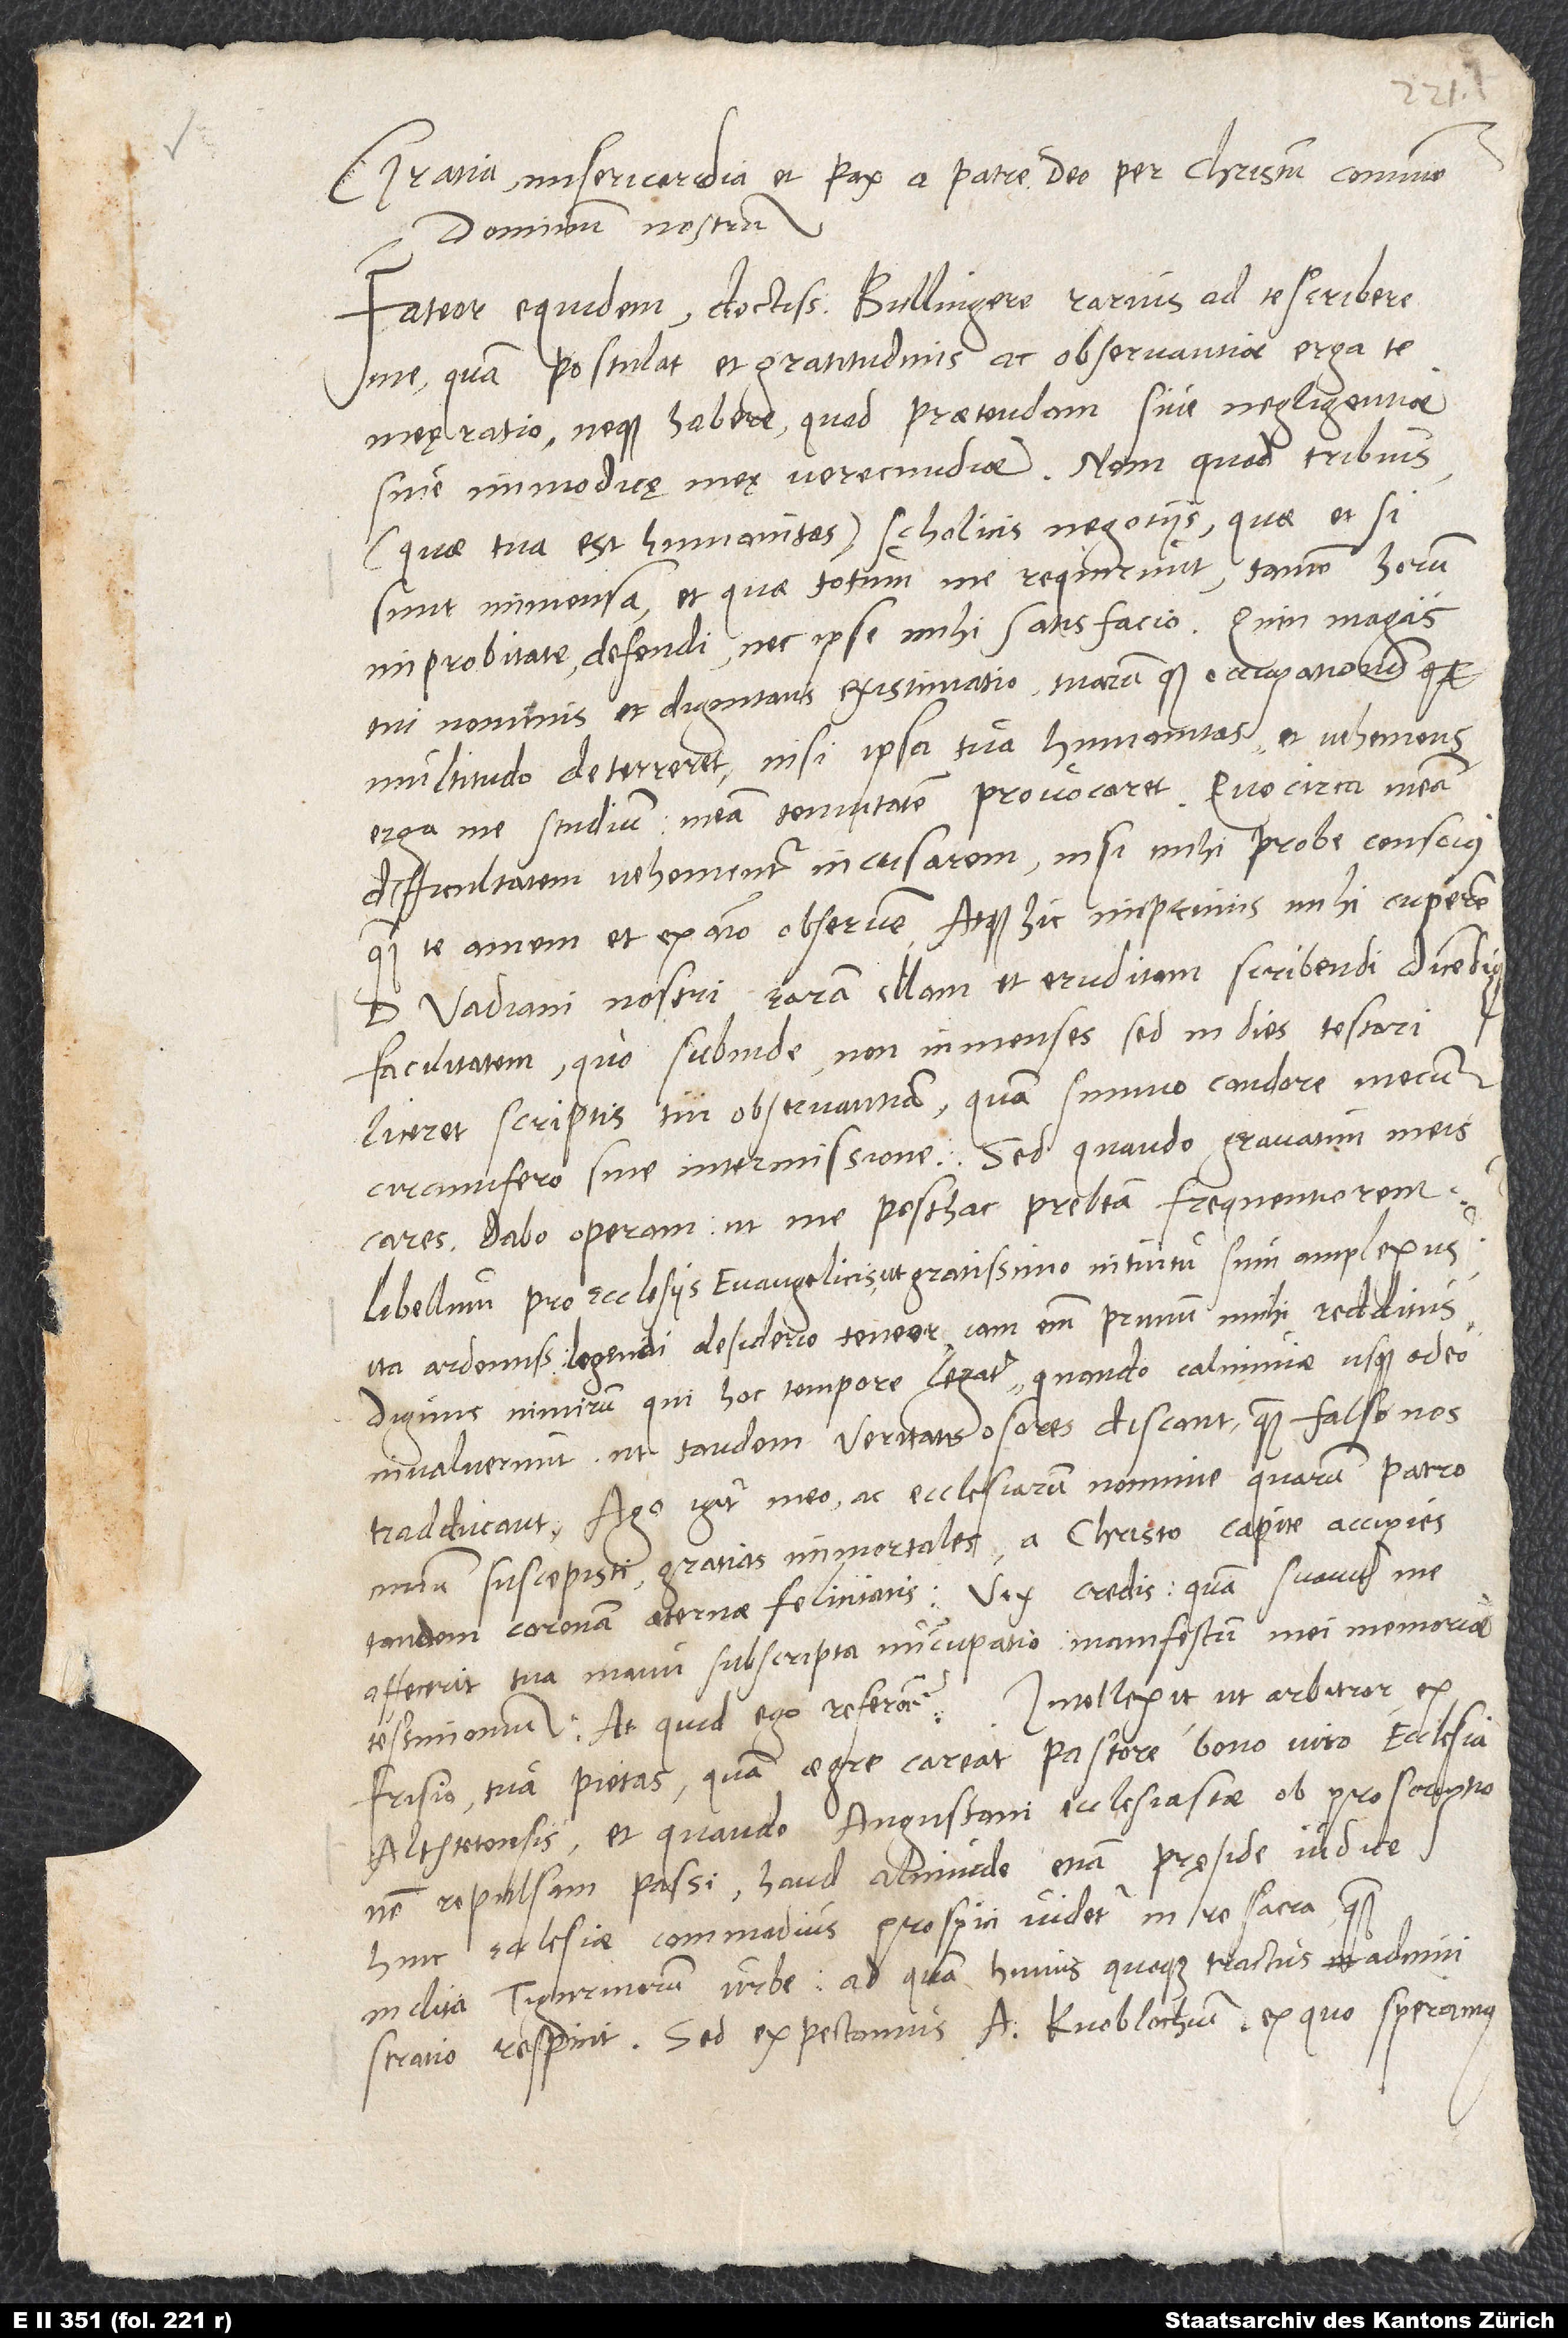
Gratia misericordia et pax a patre deo per Christum, communem
dominum nostrum.
Fateor equidem, doctissime Bullingere, rarius ad te scribere
me, quam postulat et gratitudinis ac observantiae erga te
meę ratio neque habere, quod praetendam sive negligentiae
sive immodicę meę verecundiae. Nam quod tribuis
(quae tua est humanitas) scholiciis negotiis, quae etsi
sunt immensa et quae totum me requirunt, tamen horum
improbitate defendi nec ipse mihi satis facio. Quin magis
tui nominis et dignitatis existimatio tuarumque occupationum
multitudo deterreret, nisi ipsa tua humanitas et vehemens
erga me studium meam tenuitatem provocaret. Quocirca meam
difficultatem vehementer incusarem, nisi mihi probe conscius,
quam te amem et ex animo observem atque hic imprimis mihi cuperem
d. Vadiani nostri raram illam et eruditam scribendi dicendique
facultatem, quo subinde, non in menses, sed in dies testari
liceret scriptis tui observantiam, quam summo candore mecum
circumfero sine intermissione. Sed quando gravatim meis
cares, dabo operam, ut me posthac prebeam frequentiorem.
Libellum pro ecclesiis evangelicis gratissimo intuitu sum amplexus,
ita ardentissimo legendi desiderio teneor; iam enim primum mihi redditus,
dignus nimirum, qui hoc tempore legatur, quando calumniae usque adeo
invaluerunt, ut tandem veritatis osores discant, quam falso nos
tradducant. Ago igitur meo ac ecclesiarum nomine, quarum patrocinium
suscepisti, gratias immortales; a Christo capite accipies
tandem coronam aeternae felicitatis. Vix credis, quam suaviter me
affecerit tua manu subscripta nuncupatio, manifestum mei memoriae
Frisio tua pietas, quam aegre careat pastore bono viro ecclesia
Altstetensis, et quando Augustani ecclesiastae ob proscriptionem
repulsam passi, haud alicunde etiam pręside iudice
ecclesiae commodius prospici videtur in re sacra quam
inclita Tigurinorum urbe, ad quam huius quoque tractus administratio
respicit. Sed expectamus A Knoblochium, ex quo speramus